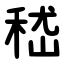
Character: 嵇